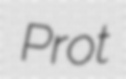
Prot